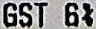
GST 6%